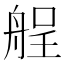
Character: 𮎏